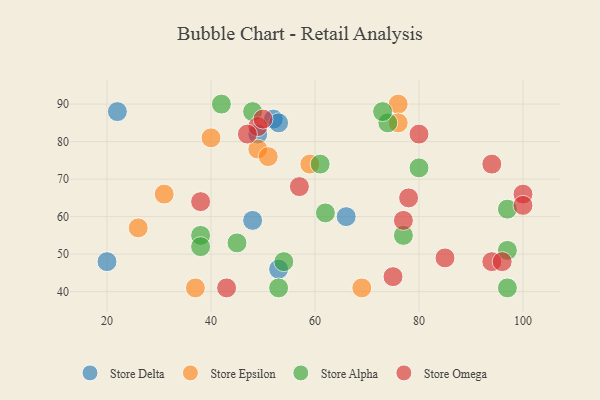
{"axis": {"x": "GDP", "y": "Life Expectancy"}, "legend": ["Store Alpha", "Store Delta", "Store Epsilon", "Store Omega"], "data": [{"x": "53", "y": 46, "type": "Store Delta"}, {"x": "20", "y": 48, "type": "Store Delta"}, {"x": "66", "y": 60, "type": "Store Delta"}, {"x": "22", "y": 88, "type": "Store Delta"}, {"x": "52", "y": 86, "type": "Store Delta"}, {"x": "48", "y": 59, "type": "Store Delta"}, {"x": "53", "y": 85, "type": "Store Delta"}, {"x": "49", "y": 82, "type": "Store Delta"}, {"x": "69", "y": 41, "type": "Store Epsilon"}, {"x": "49", "y": 78, "type": "Store Epsilon"}, {"x": "76", "y": 90, "type": "Store Epsilon"}, {"x": "26", "y": 57, "type": "Store Epsilon"}, {"x": "59", "y": 74, "type": "Store Epsilon"}, {"x": "40", "y": 81, "type": "Store Epsilon"}, {"x": "51", "y": 76, "type": "Store Epsilon"}, {"x": "37", "y": 41, "type": "Store Epsilon"}, {"x": "31", "y": 66, "type": "Store Epsilon"}, {"x": "76", "y": 85, "type": "Store Epsilon"}, {"x": "42", "y": 90, "type": "Store Alpha"}, {"x": "74", "y": 85, "type": "Store Alpha"}, {"x": "97", "y": 62, "type": "Store Alpha"}, {"x": "38", "y": 55, "type": "Store Alpha"}, {"x": "45", "y": 53, "type": "Store Alpha"}, {"x": "80", "y": 73, "type": "Store Alpha"}, {"x": "97", "y": 41, "type": "Store Alpha"}, {"x": "38", "y": 52, "type": "Store Alpha"}, {"x": "61", "y": 74, "type": "Store Alpha"}, {"x": "77", "y": 55, "type": "Store Alpha"}, {"x": "62", "y": 61, "type": "Store Alpha"}, {"x": "54", "y": 48, "type": "Store Alpha"}, {"x": "53", "y": 41, "type": "Store Alpha"}, {"x": "73", "y": 88, "type": "Store Alpha"}, {"x": "48", "y": 88, "type": "Store Alpha"}, {"x": "97", "y": 51, "type": "Store Alpha"}, {"x": "43", "y": 41, "type": "Store Omega"}, {"x": "49", "y": 84, "type": "Store Omega"}, {"x": "75", "y": 44, "type": "Store Omega"}, {"x": "57", "y": 68, "type": "Store Omega"}, {"x": "77", "y": 59, "type": "Store Omega"}, {"x": "85", "y": 49, "type": "Store Omega"}, {"x": "94", "y": 48, "type": "Store Omega"}, {"x": "38", "y": 64, "type": "Store Omega"}, {"x": "94", "y": 74, "type": "Store Omega"}, {"x": "100", "y": 66, "type": "Store Omega"}, {"x": "96", "y": 48, "type": "Store Omega"}, {"x": "80", "y": 82, "type": "Store Omega"}, {"x": "50", "y": 86, "type": "Store Omega"}, {"x": "47", "y": 82, "type": "Store Omega"}, {"x": "100", "y": 63, "type": "Store Omega"}, {"x": "78", "y": 65, "type": "Store Omega"}]}